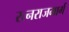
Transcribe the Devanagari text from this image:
रत्नराजमार्ग